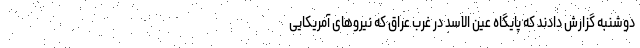
دوشنبه گزارش دادند که پایگاه عین الاسد در غرب عراق که نیروهای آمریکایی